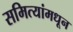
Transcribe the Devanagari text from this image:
समित्यांमधून